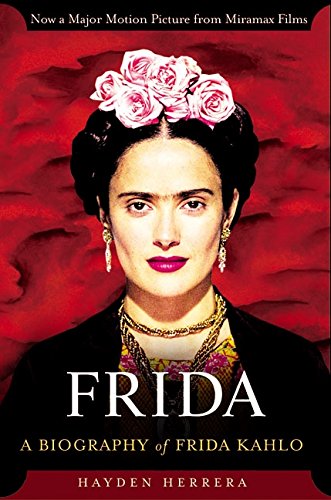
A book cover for Frida: A Biography of Frida Kahlo; Hayden Herrera; Arts & Photography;